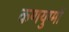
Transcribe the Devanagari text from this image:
कणयुग्मों